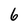
Character: 6